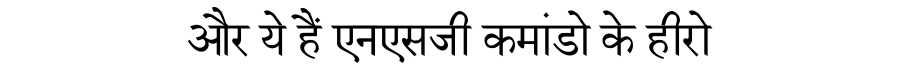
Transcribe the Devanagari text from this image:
और ये हैं एनएसजी कमांडो के हीरो